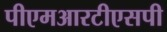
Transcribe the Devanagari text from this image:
पीएमआरटीएसपी